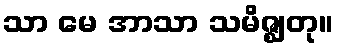
သာ မေ အာသာ သမိဇ္ဈတု။